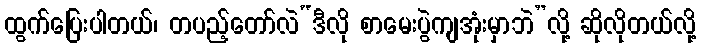
ထွက်ပြေးပါတယ်၊ တပည့်တော်လဲ“ဒီလို စာမေးပွဲကျအုံးမှာဘဲ”လို့ ဆိုလိုတယ်လို့